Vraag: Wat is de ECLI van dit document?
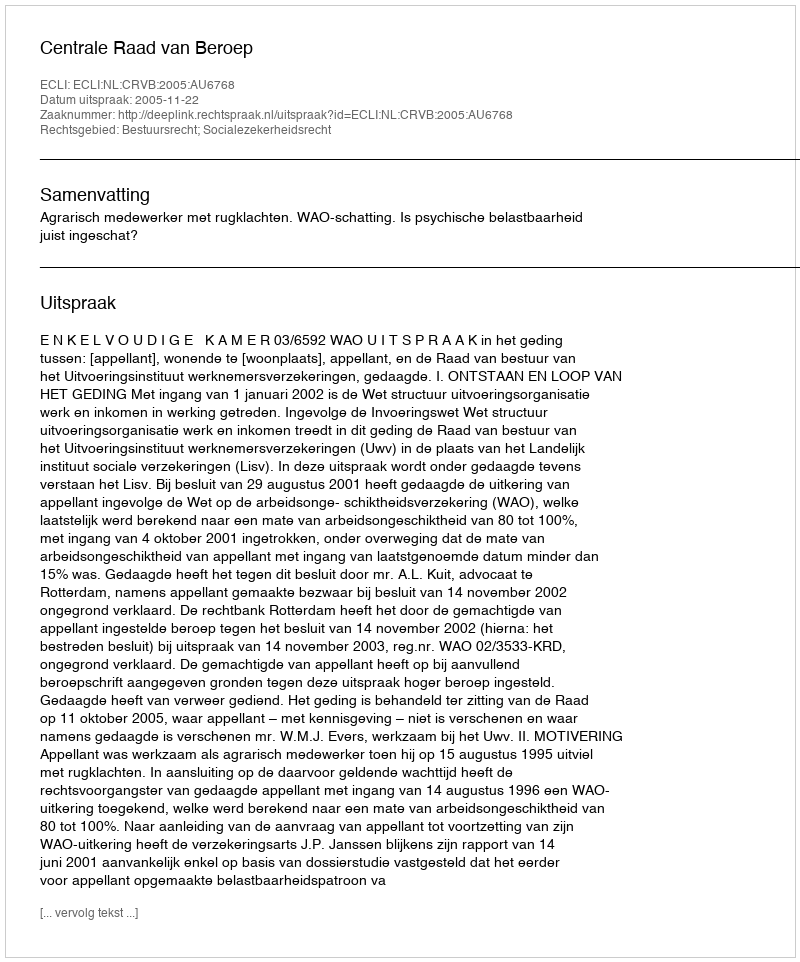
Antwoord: ECLI:NL:CRVB:2005:AU6768